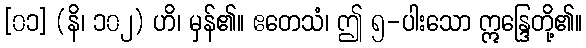
[၀၁] (နိ၊ ၁၀၂) ဟိ၊ မှန်၏။ ဧတေသံ၊ ဤ ၅-ပါးသော ဣန္ဒြေတို့၏။